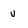
Character: v